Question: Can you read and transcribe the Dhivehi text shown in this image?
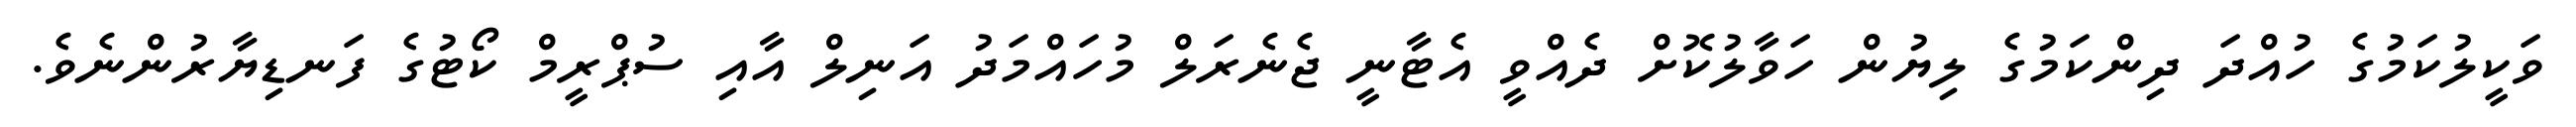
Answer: ވަކީލުކަމުގެ ހުއްދަ ދިންކަމުގެ ލިޔުން ހަވާލުކޮށް ދެއްވީ އެޓާނީ ޖެނެރަލް މުހައްމަދު އަނިލް އާއި ސުޕްރީމް ކޯޓުގެ ފަނޑިޔާރުންނެވެ.